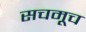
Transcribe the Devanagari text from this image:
सचमूच